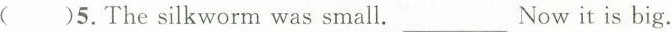
( ) 5.The silkworm was small.___ Now it is big.